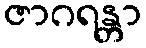
ဇာဂရန္တာ